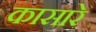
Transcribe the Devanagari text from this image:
कासारे